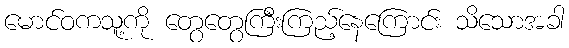
မောင်ဝကသူ့ကို တွေတွေကြီးကြည့်နေကြောင်း သိသောအခါ